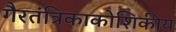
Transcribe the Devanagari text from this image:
गैरतंत्रिकाकोशिकीय